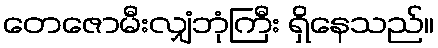
တေဇောမီးလျှံဘုံကြီး ရှိနေသည်။